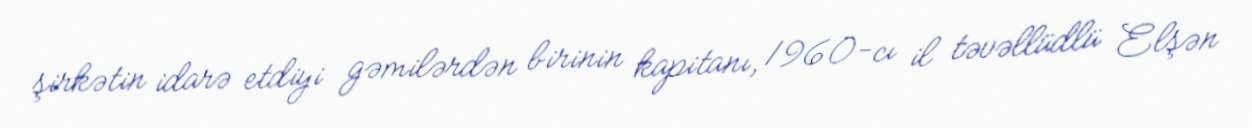
şirkətin idarə etdiyi gəmilərdən birinin kapitanı, 1960-cı il təvəllüdlü Elşən